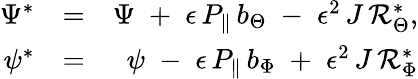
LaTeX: \begin{array}{rlr}{\Psi^{*}}&{=}&{\Psi\; +\; \epsilon\, P_{\parallel}\, b_{\Theta}\; -\; \epsilon^{2}\, J\, {\cal R}_{\Theta}^{*},}\\ {\psi^{*}}&{=}&{\psi\; -\; \epsilon\, P_{\parallel}\, b_{\Phi}\; +\; \epsilon^{2}\, J\, {\cal R}_{\Phi}^{*}}\end{array}